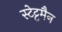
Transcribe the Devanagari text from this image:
स्टेट्टमैन